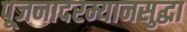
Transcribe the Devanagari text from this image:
पूजनादरम्यानसुद्धा